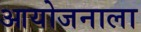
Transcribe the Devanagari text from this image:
आयोजनाला